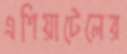
এশিয়াটেলের